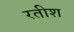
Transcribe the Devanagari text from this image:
रतीश